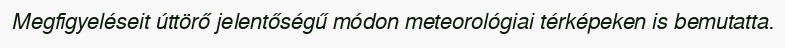
Megfigyeléseit úttörő jelentőségű módon meteorológiai térképeken is bemutatta.